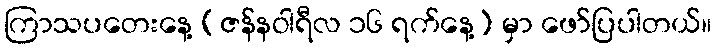
ကြာသပတေးနေ့ (ဇန်နဝါရီလ ၁၆ ရက်နေ့) မှာ ဖော်ပြပါတယ်။